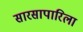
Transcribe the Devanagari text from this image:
सारसापारिला